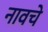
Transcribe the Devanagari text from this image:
नावचे